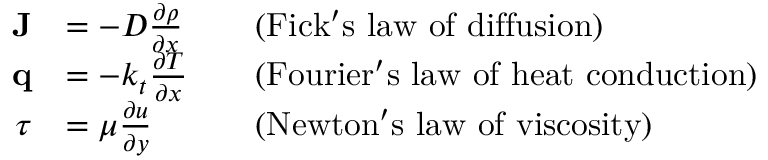
{ \begin{array} { r l r l } { \mathbf { J } } & { = - D { \frac { \partial \rho } { \partial x } } } & & { { \mathrm { ( F i c k ' s ~ l a w ~ o f ~ d i f f u s i o n ) } } } \\ { \mathbf { q } } & { = - k _ { t } { \frac { \partial T } { \partial x } } } & & { { \mathrm { ( F o u r i e r ' s ~ l a w ~ o f ~ h e a t ~ c o n d u c t i o n ) } } } \\ { \tau } & { = \mu { \frac { \partial u } { \partial y } } } & & { { \mathrm { ( N e w t o n ' s ~ l a w ~ o f ~ v i s c o s i t y ) } } } \end{array} }